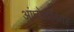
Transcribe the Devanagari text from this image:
आंघोळीनंतर